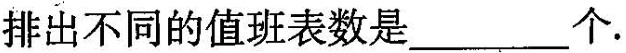
排出不同的值班表数是___个。